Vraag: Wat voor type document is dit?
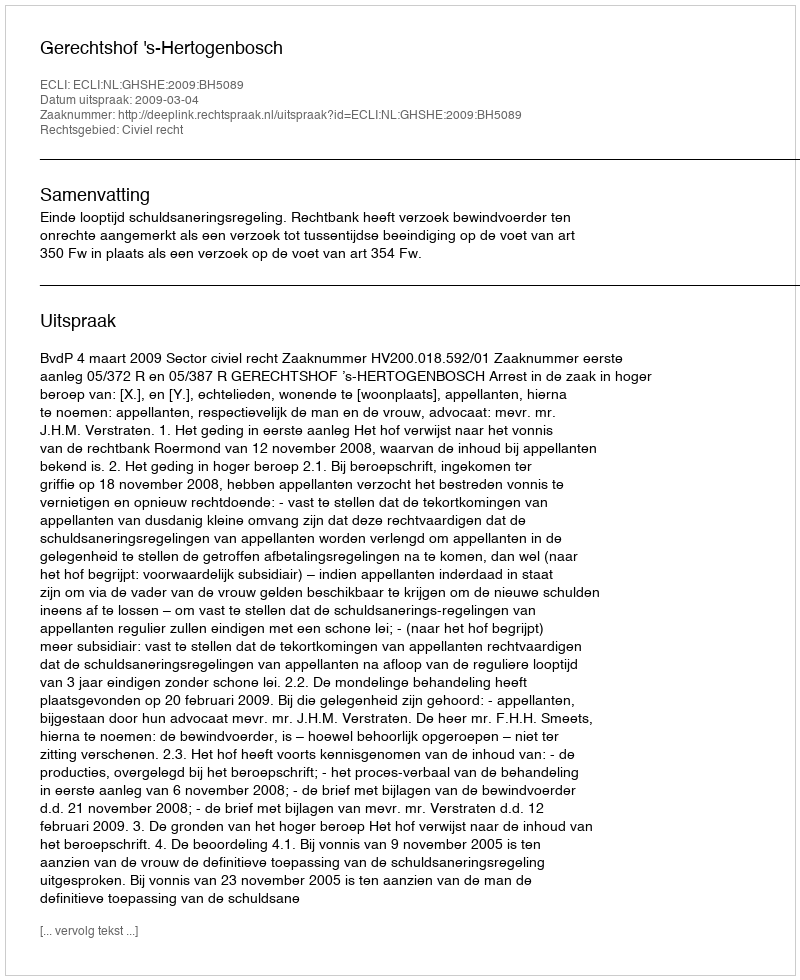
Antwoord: Uitspraak